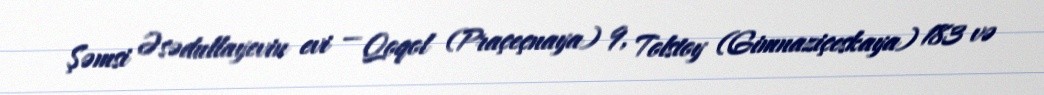
Şəmsi Əsədullayevin evi — Qoqol (Praçeçnaya) 9, Tolstoy (Gimnaziçeskaya) 183 və